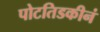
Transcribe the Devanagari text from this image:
पोटतिडकीनं